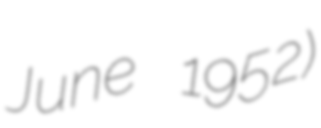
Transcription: June 1952)